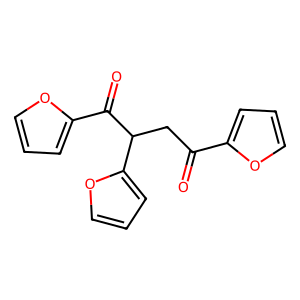
SMILES: O=C(CC(C(=O)c1ccco1)c1ccco1)c1ccco1
Inhibits HIV replication: No